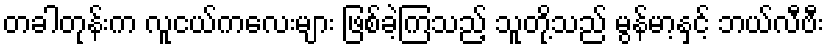
တခါတုန်းက လူငယ်ကလေးများ ဖြစ်ခဲ့ကြသည့် သူတို့သည် မွန်မာ့နှင့် ဘယ်လီဗီး